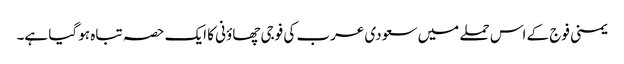
یمنی فوج کے اس حملے میں سعودی عرب کی فوجی چھاؤنی کا ایک حصہ تباہ ہو گیا ہے۔